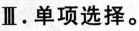
Ⅱ.单项选择.